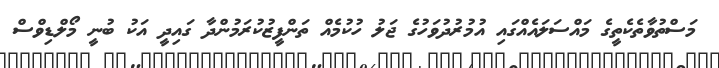
މަސްތުވާތެކެތީގެ މައްސަލައެއްގައި އުމުރުދުވަހުގެ ޖަލު ހުކުމެއް ތަންފީޒުކުރަމުންދާ ގައިދީ އަކު ބުނީ މޯލްޑިވްސް